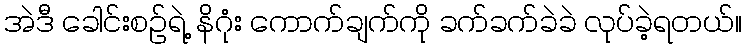
အဲဒီ ခေါင်းစဉ်ရဲ့ နိဂုံး ကောက်ချက်ကို ခက်ခက်ခဲခဲ လုပ်ခဲ့ရတယ်။